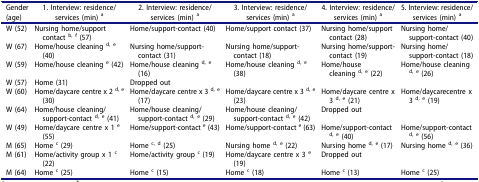
<table><thead><tr><td><b>Gender(age)</b></td><td><b>1. Interview: residence/services (min) <sup>a</sup></b></td><td><b>2. Interview: residence/services (min) <sup>a</sup></b></td><td><b>3. Interview: residence/services (min) <sup>a</sup></b></td><td><b>4. Interview: residence/services (min) <sup>a</sup></b></td><td><b>5. Interview: residence/services (min) <sup>a</sup></b></td></tr></thead><tbody><tr><td>W (52)</td><td>Nursing home/support contact <sup>b, f</sup> (57)</td><td>Home/support-contact (40)</td><td>Home/support contact (37)</td><td>Nursing home/support contact (28)</td><td>Nursing home/support-contact (40)</td></tr><tr><td>W (67)</td><td>Home/house cleaning <sup>d, e</sup> (40)</td><td>Nursing home/support-contact (31)</td><td>Nursing home/support-contact (18)</td><td>Nursing home/support-contact (19)</td><td>Nursing home/support-contact (18)</td></tr><tr><td>W (59)</td><td>Home/house cleaning <sup>e</sup> (42)</td><td>Home/house cleaning <sup>d, e</sup> (16)</td><td>Home/house cleaning <sup>d, e</sup> (38)</td><td>Home/house cleaning <sup>d, e</sup> (22)</td><td>Home/house cleaning <sup>d, e</sup> (26)</td></tr><tr><td>W (57)</td><td>Home (31)</td><td>Dropped out</td><td> </td><td> </td><td> </td></tr><tr><td>W (60)</td><td>Home/daycare centre x 2 <sup>d, e</sup> (30)</td><td>Home/daycare centre x 3 <sup>d, e</sup> (17)</td><td>Home/daycare centre x 3 <sup>d, e</sup> (23)</td><td>Home/daycare centre x 3 <sup>d, e</sup> (21)</td><td>Home/daycarecentre x 3 <sup>d, e</sup> (19)</td></tr><tr><td>W (64)</td><td>Home/house cleaning/support-contact <sup>d, e</sup> (41)</td><td>Home/house cleaning/support-contact <sup>d, e</sup> (29)</td><td>Home/house cleaning/support-contact <sup>d, e</sup> (42)</td><td>Dropped out</td><td> </td></tr><tr><td>W (49)</td><td>Home/daycare centre x 1 <sup>e</sup> (55)</td><td>Home/support-contact <sup>e</sup> (43)</td><td>Home/support-contact <sup>e</sup> (63)</td><td>Home/support-contact <sup>d, e</sup> (40)</td><td>Home/support-contact <sup>d, e</sup> (56)</td></tr><tr><td>M (65)</td><td>Home <sup>c</sup> (29)</td><td>Home <sup>c, d</sup> (25)</td><td>Nursing home <sup>d, e</sup> (22)</td><td>Nursing home <sup>d, e</sup> (17)</td><td>Nursing home <sup>d, e</sup> (36)</td></tr><tr><td>M (61)</td><td>Home/activity group x 1 <sup>c</sup> (22)</td><td>Home/activity group <sup>c</sup> (19)</td><td>Home/daycare centre x 3 <sup>e</sup> (19)</td><td>Dropped out</td><td> </td></tr><tr><td>M (64)</td><td>Home <sup>c</sup> (25)</td><td>Home <sup>c</sup> (15)</td><td>Home <sup>c</sup> (18)</td><td>Home <sup>c</sup> (13)</td><td>Home <sup>c</sup> (25)</td></tr></tbody></table>